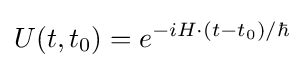
U(t,t_{0})=e^{-iH\cdot (t-t_{0})/\hbar }